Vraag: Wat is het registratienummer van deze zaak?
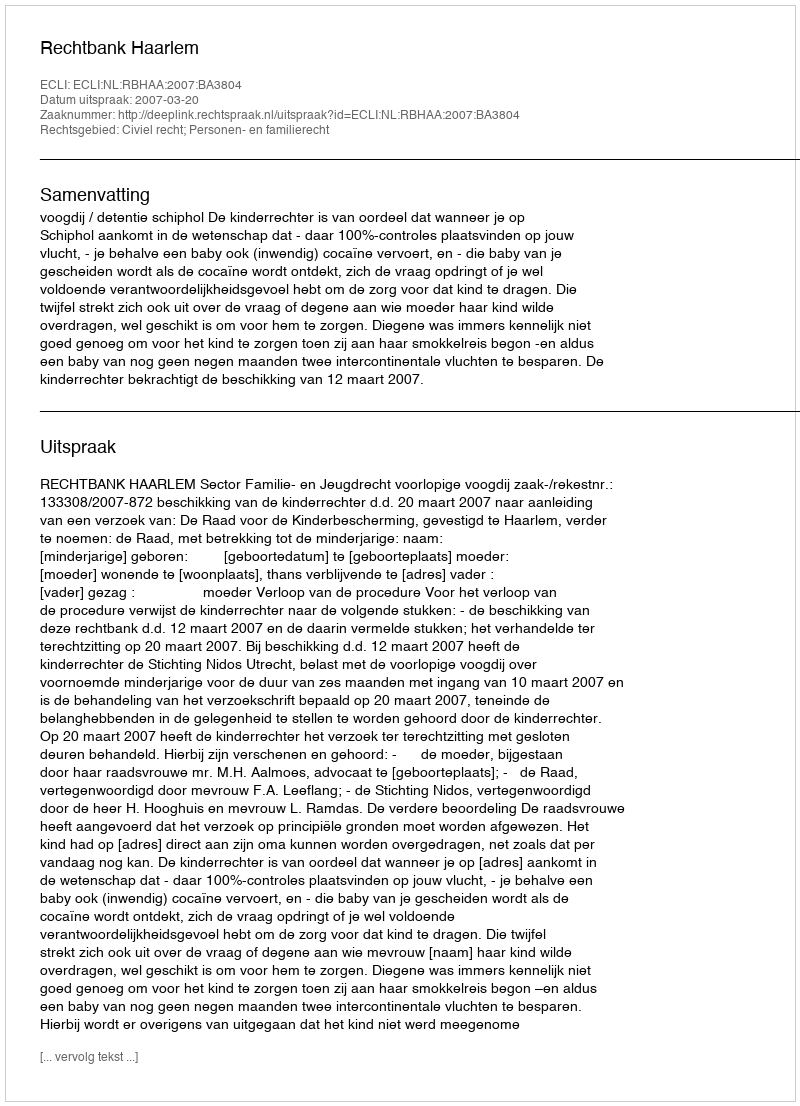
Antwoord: http://deeplink.rechtspraak.nl/uitspraak?id=ECLI:NL:RBHAA:2007:BA3804